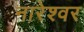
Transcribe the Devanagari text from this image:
नारेश्‍वर